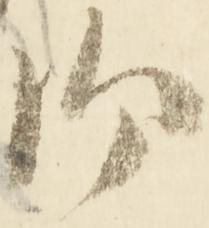
御